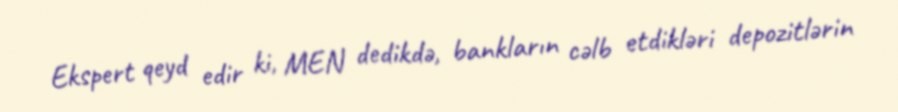
Ekspert qeyd edir ki, MEN dedikdə, bankların cəlb etdikləri depozitlərin